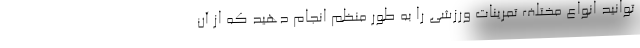
توانید انواع مختلف تمرینات ورزشی را به طور منظم انجام دهید که از آن